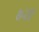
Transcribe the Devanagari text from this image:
७२ए